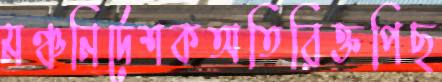
মঞ্চনির্দেশকঅতিরিক্তপিছ